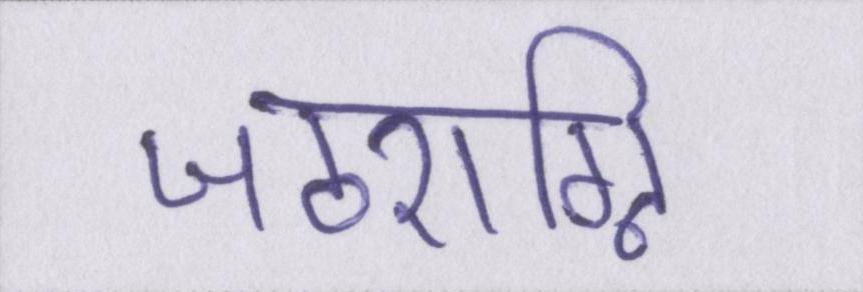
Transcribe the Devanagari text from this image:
जठराग्नि